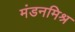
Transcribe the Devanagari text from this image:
मंडनमिश्र